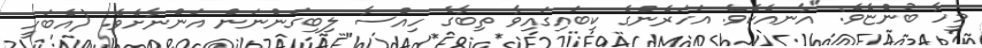
މީހާ ބުންޏެވެ: "އާނއެކެވެ. އަހަރެންގެ ކިބައިގައިވާ ތިބާގެ ހިއްސާ ލިބިގަންނަން އަންނާށެވެ. (އެބަހީ